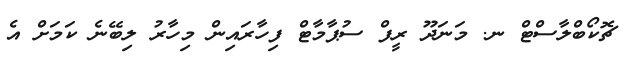
ޗޮކޯބްލާސްޓް ނ. މަނަދޫ ރީފް ސުޕާމާޓް ފިހާރައިން މިހާރު ލިބޭނެ ކަމަށް އެ